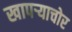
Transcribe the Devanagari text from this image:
खापर्‍याचोर